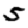
Digit: 5